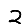
Digit: 2